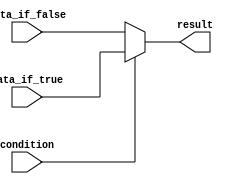
module ternary_operator (
    input wire condition,
    input wire data_if_true,
    input wire data_if_false,
    output reg result
);

always @ (*) begin
    result = condition ? data_if_true : data_if_false;
end

endmodule